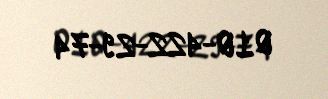
010-422-29-74